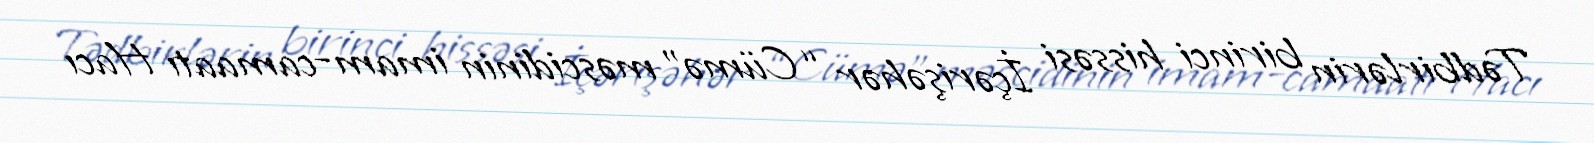
Tədbirlərin birinci hissəsi İçərişəhər “Cümə” məscidinin imam-camaatı Hacı